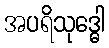
အပရိသုဒ္ဓေါ